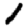
Digit: 1